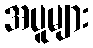
အပူများ